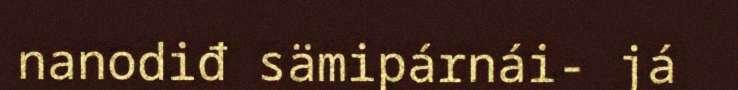
nanodiđ sämipárnái- já